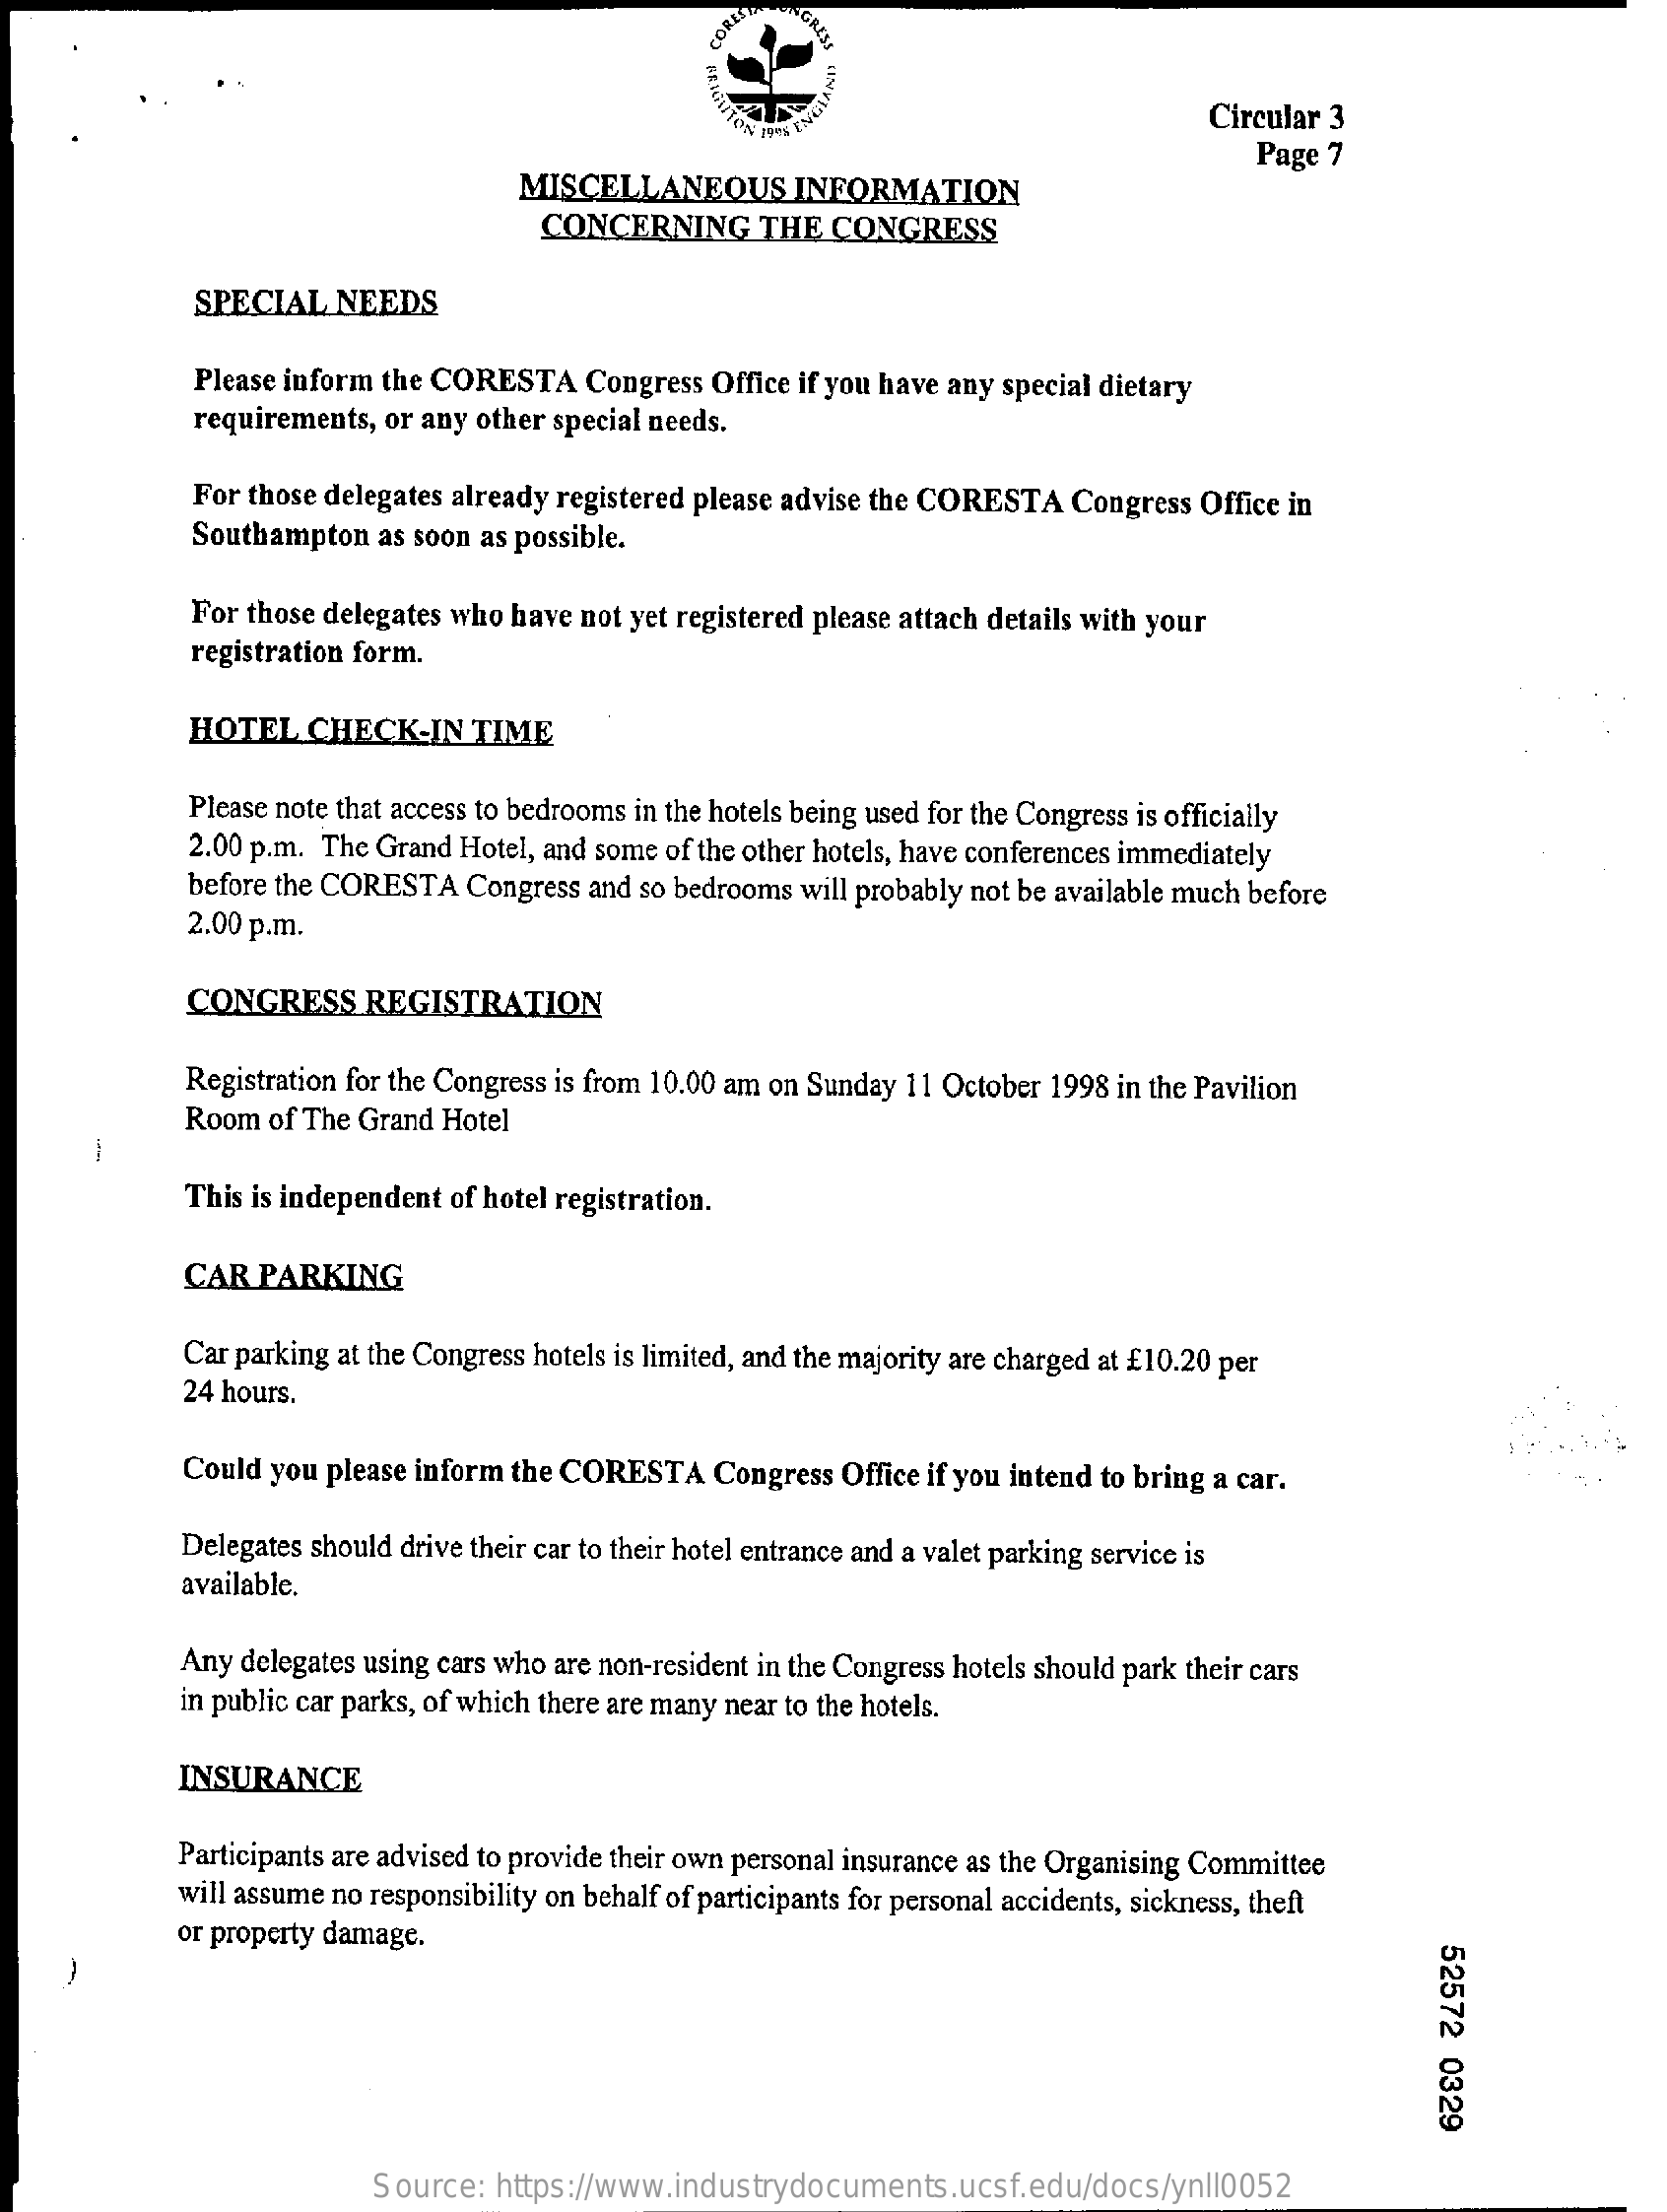
VORESS CORES
     FRIGIMITON
     Circular 3
     Page  7
     MISCELLANEOUS    INFORMATION
     CONCERNING    THE  CONGRESS
     SPECIAL   NEEDS
     Please inform the CORESTA   Congress Office if you have any special dietary
     requirements, or any other special needs.
     For those delegates already registered please advise the CORESTA Congress Office in
     Southampton   as soon as possible.
     For those delegates who have not yet registered please attach details with your
     registration form.
     HOTEL   CHECK-IN    TIME
     Please note that access to bedrooms in the hotels being used for the Congress is officially
     2.00 p.m. The Grand Hotel, and some of the other hotels, have conferences immediately
     before the CORESTA  Congress and so bedrooms will probably not be available much before
     2.00 p.m.
     CONGRESS    REGISTRATION
     Registration for the Congress is from 10.00 am on Sunday 11 October 1998 in the Pavilion
     Room  of The Grand Hotel
     This is independent of hotel registration.
     CAR  PARKING
     Car parking at the Congress hotels is limited, and the majority are charged at £10.20 per
     24 hours.
     Could you please inform the CORESTA   Congress  Office if you intend to bring a car.
     Delegates should drive their car to their hotel entrance and a valet parking service is
     available.
     Any delegates using cars who are non-resident in the Congress hotels should park their cars
     in public car parks, of which there are many near to the hotels.
     INSURANCE
     Participants are advised to provide their own personal insurance as the Organising Committee
     will assume no responsibility on behalf of participants for personal accidents, sickness, theft
     or property damage.
     52572
     0329
     Source:  https://www.industrydocuments.ucsf.edu/docs/ynll0052